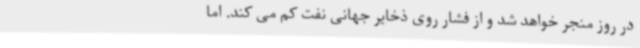
در روز منجر خواهد شد و از فشار روی ذخایر جهانی نفت کم می کند. اما